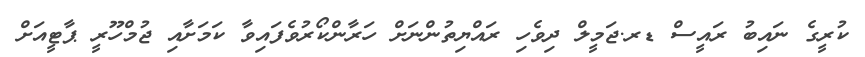
ކުރީގެ ނައިބު ރައީސް ޑރ.ޖަމީލް ދިވެހި ރައްޔިތުންނަށް ހަރާންކޯރުވެފައިވާ ކަމަށާއި ޖުމްހޫރީ ޕާޓީއަށް